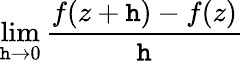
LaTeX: \lim\limits_{\mathtt{h}\rightarrow0}\frac{{f(z+\mathtt{h})-f(z)}}{{\mathtt{h}}}